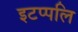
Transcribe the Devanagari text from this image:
इटप्पलि